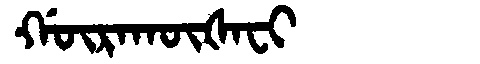
Manchu: ᡤᡡᡵᠠᡴᡡᡧᠠᠸᡳ
Romanization: GŪRAKŪŠAFI